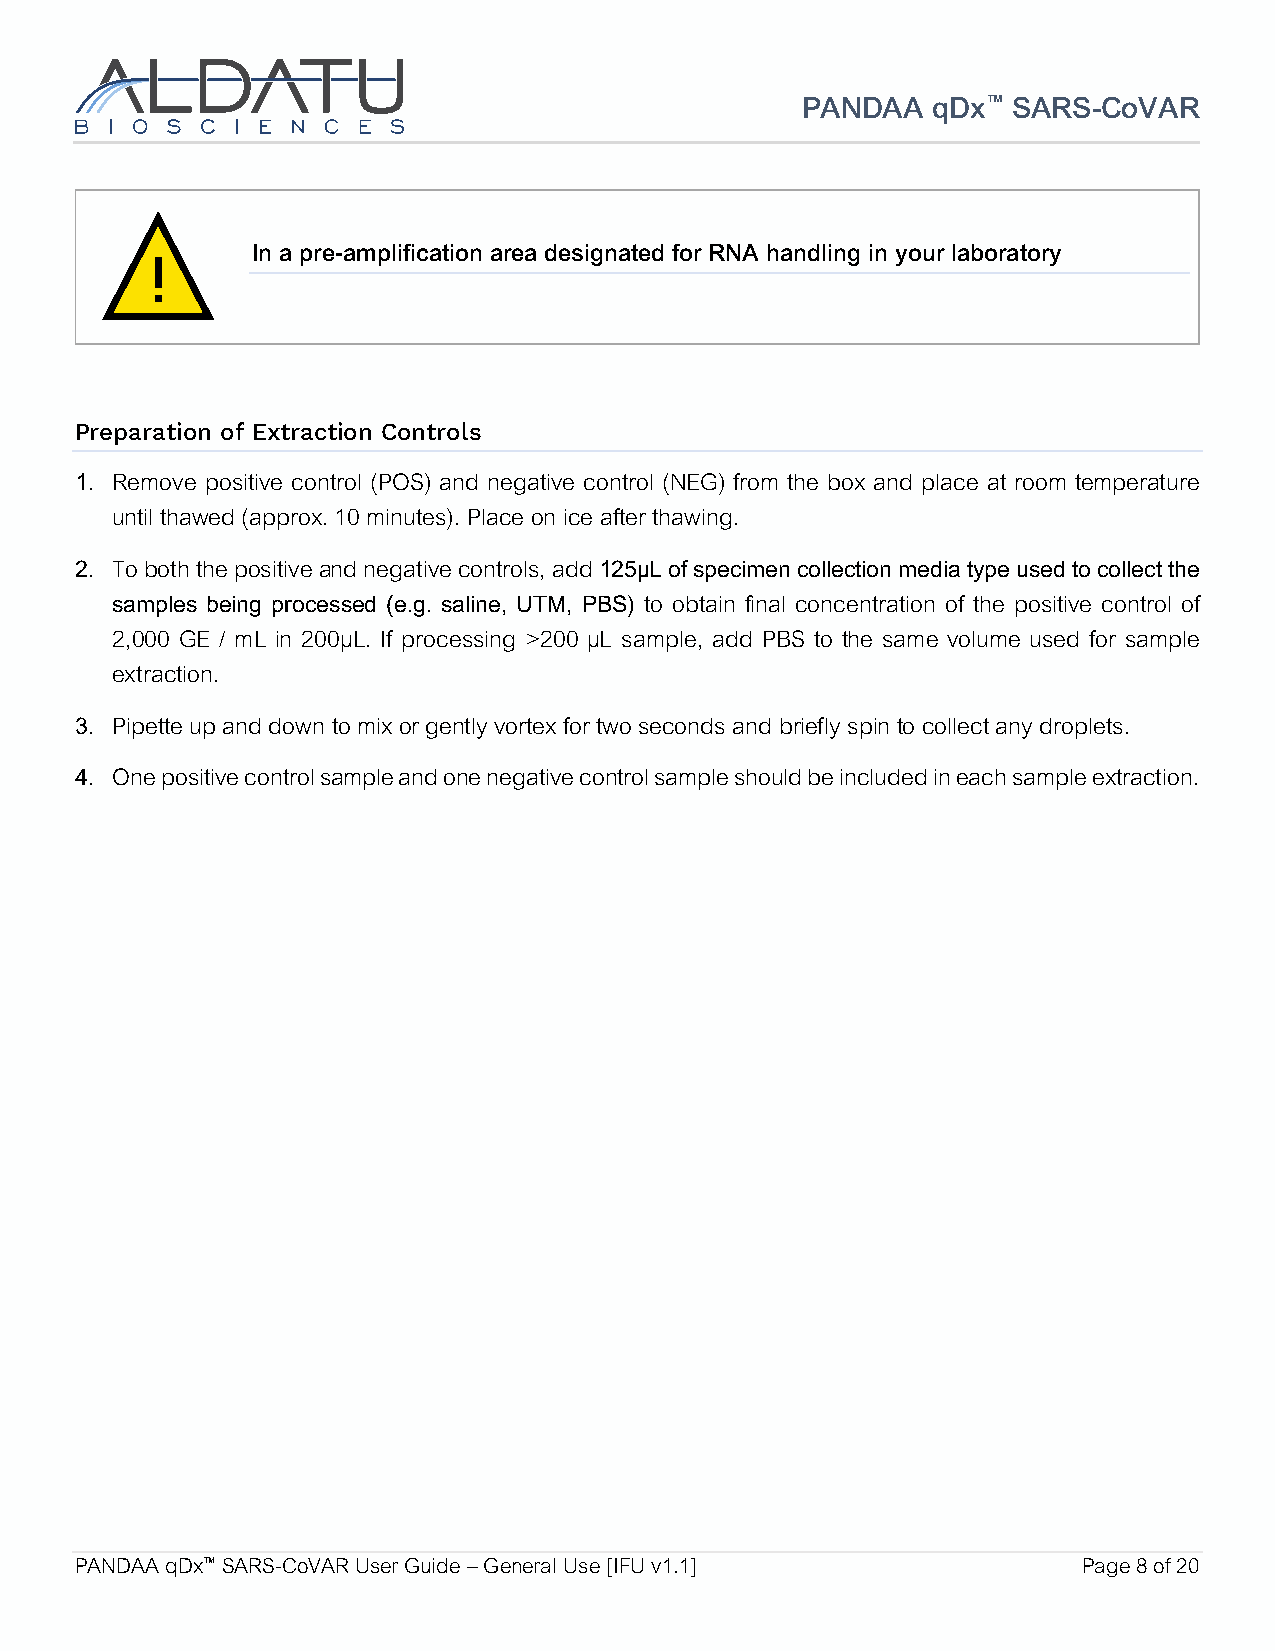
PANDAA   qDx™ SARS-CoVAR
 ���
 In a pre-amplification area designated for RNA handling in your laboratory
 Preparation of Extraction Controls
 1. Remove positive control (POS) and negative control (NEG) from the box and place at room temperature
 until thawed (approx. 10 minutes). Place on ice after thawing.
 2. To both the positive and negative controls, add 125µL of specimen collection media type used to collect the
 samples being processed (e.g. saline, UTM, PBS) to obtain final concentration of the positive control of
 2,000 GE / mL in 200µL. If processing >200 µL sample, add PBS to the same volume used for sample
 extraction.
 3. Pipette up and down to mix or gently vortex for two seconds and briefly spin to collect any droplets.
 4. One positive control sample and one negative control sample should be included in each sample extraction.
 PANDAA qDx™ SARS-CoVAR User Guide – General Use [IFU v1.1]         Page 8 of 20